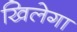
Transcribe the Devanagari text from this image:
खिलेगा